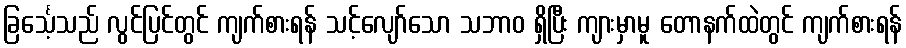
ခြင်္သေ့သည် လွင်ပြင်တွင် ကျက်စားရန် သင့်လျော်သော သဘာဝ ရှိပြီး ကျားမှာမူ တောနက်ထဲတွင် ကျက်စားရန်